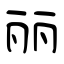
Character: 丽